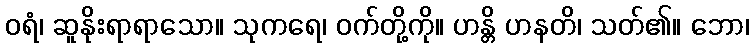
ဝရံ၊ ဆူနိုးရာရာသော။ သုကရေ၊ ဝက်တို့ကို။ ဟန္တိ ဟနတိ၊ သတ်၏။ ဘော၊